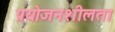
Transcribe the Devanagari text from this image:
प्रयोजनशीलता